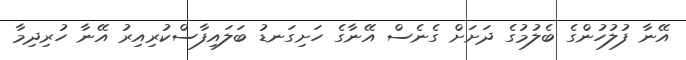
އޭނާ ފުލުހުންގެ ބެލުމުގެ ދަށަށް ގެނެސް އޭނާގެ ހަށިގަނޑު ބަލައިފާސްކުރިއިރު އޭނާ ހުރިދިމާ